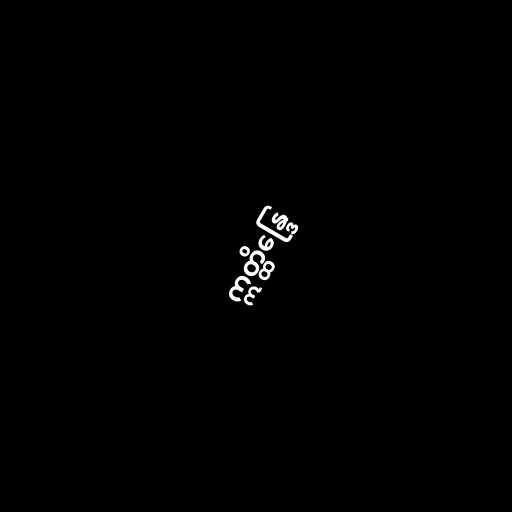
ဣတ္ထိန္ဒြေ